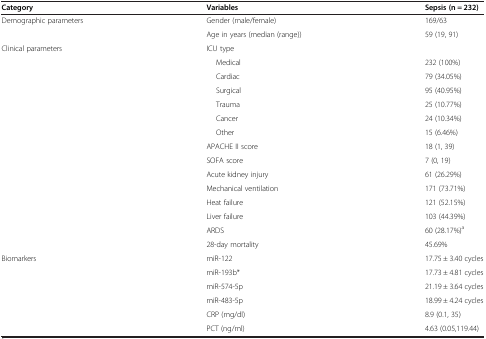
<table><thead><tr><td><b>Category</b></td><td><b>Variables</b></td><td><b>Sepsis (n = 232)</b></td></tr></thead><tbody><tr><td>Demographic parameters</td><td>Gender (male/female)</td><td>169/63</td></tr><tr><td></td><td>Age in years (median (range))</td><td>59 (19, 91)</td></tr><tr><td>Clinical parameters</td><td>ICU type</td><td></td></tr><tr><td></td><td>Medical</td><td>232 (100%)</td></tr><tr><td></td><td>Cardiac</td><td>79 (34.05%)</td></tr><tr><td></td><td>Surgical</td><td>95 (40.95%)</td></tr><tr><td></td><td>Trauma</td><td>25 (10.77%)</td></tr><tr><td></td><td>Cancer</td><td>24 (10.34%)</td></tr><tr><td></td><td>Other</td><td>15 (6.46%)</td></tr><tr><td></td><td>APACHE II score</td><td>18 (1, 39)</td></tr><tr><td></td><td>SOFA score</td><td>7 (0, 19)</td></tr><tr><td></td><td>Acute kidney injury</td><td>61 (26.29%)</td></tr><tr><td></td><td>Mechanical ventilation</td><td>171 (73.71%)</td></tr><tr><td></td><td>Heat failure</td><td>121 (52.15%)</td></tr><tr><td></td><td>Liver failure</td><td>103 (44.39%)</td></tr><tr><td></td><td>ARDS</td><td>60 (28.17%)<sup>a</sup></td></tr><tr><td></td><td>28-day mortality</td><td>45.69%</td></tr><tr><td>Biomarkers</td><td>miR-122</td><td>17.75 ± 3.40 cycles</td></tr><tr><td></td><td>miR-193b*</td><td>17.73 ± 4.81 cycles</td></tr><tr><td></td><td>miR-574-5p</td><td>21.19 ± 3.64 cycles</td></tr><tr><td></td><td>miR-483-5p</td><td>18.99 ± 4.24 cycles</td></tr><tr><td></td><td>CRP (mg/dl)</td><td>8.9 (0.1, 35)</td></tr><tr><td></td><td>PCT (ng/ml)</td><td>4.63 (0.05,119.44)</td></tr></tbody></table>